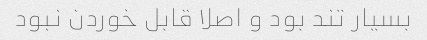
بسیار تند بود و اصلا قابل خوردن نبود